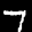
Label: 7